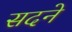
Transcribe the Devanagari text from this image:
सदने